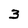
Character: 3